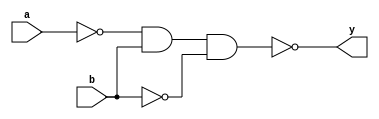
module xor_gate(
    input a,
    input b,
    output y
);

wire inv_a, inv_b, nand_int;

// Inverters
assign inv_a = ~a;
assign inv_b = ~b;

// NAND gate
assign nand_int = inv_a & b;

assign y = ~(nand_int & inv_b);

endmodule